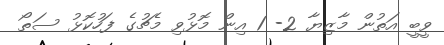
ވީބީ އަތުން މާޒިޔާ 2- 1 އިން މޮޅުވި މެޗުގެ ފަހުކޮޅު ސަތޯ